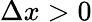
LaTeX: \Delta x>0